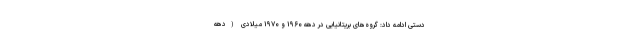
دستی ادامه داد: گروه‌های بریتانیایی در دهه ۱۹۶۰ و ۱۹۷۰ میلادی (دهه